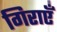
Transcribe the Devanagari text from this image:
गिराएँ